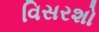
વિસરશો